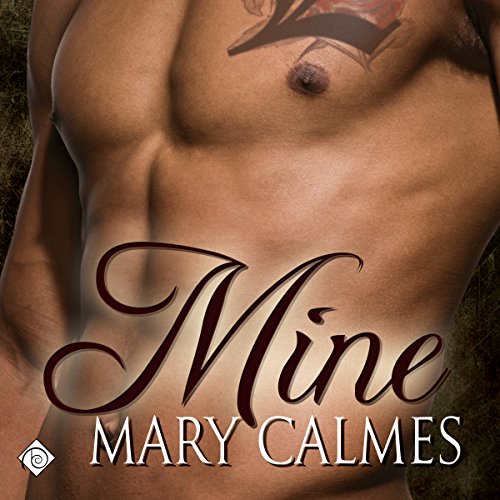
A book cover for Mine; Mary Calmes; Romance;